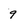
Character: 9